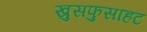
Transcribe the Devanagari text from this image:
खुसफुसाहट